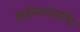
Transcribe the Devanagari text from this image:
वर्तमानमपि